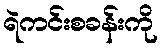
ရဲကင်းစခန်းကို